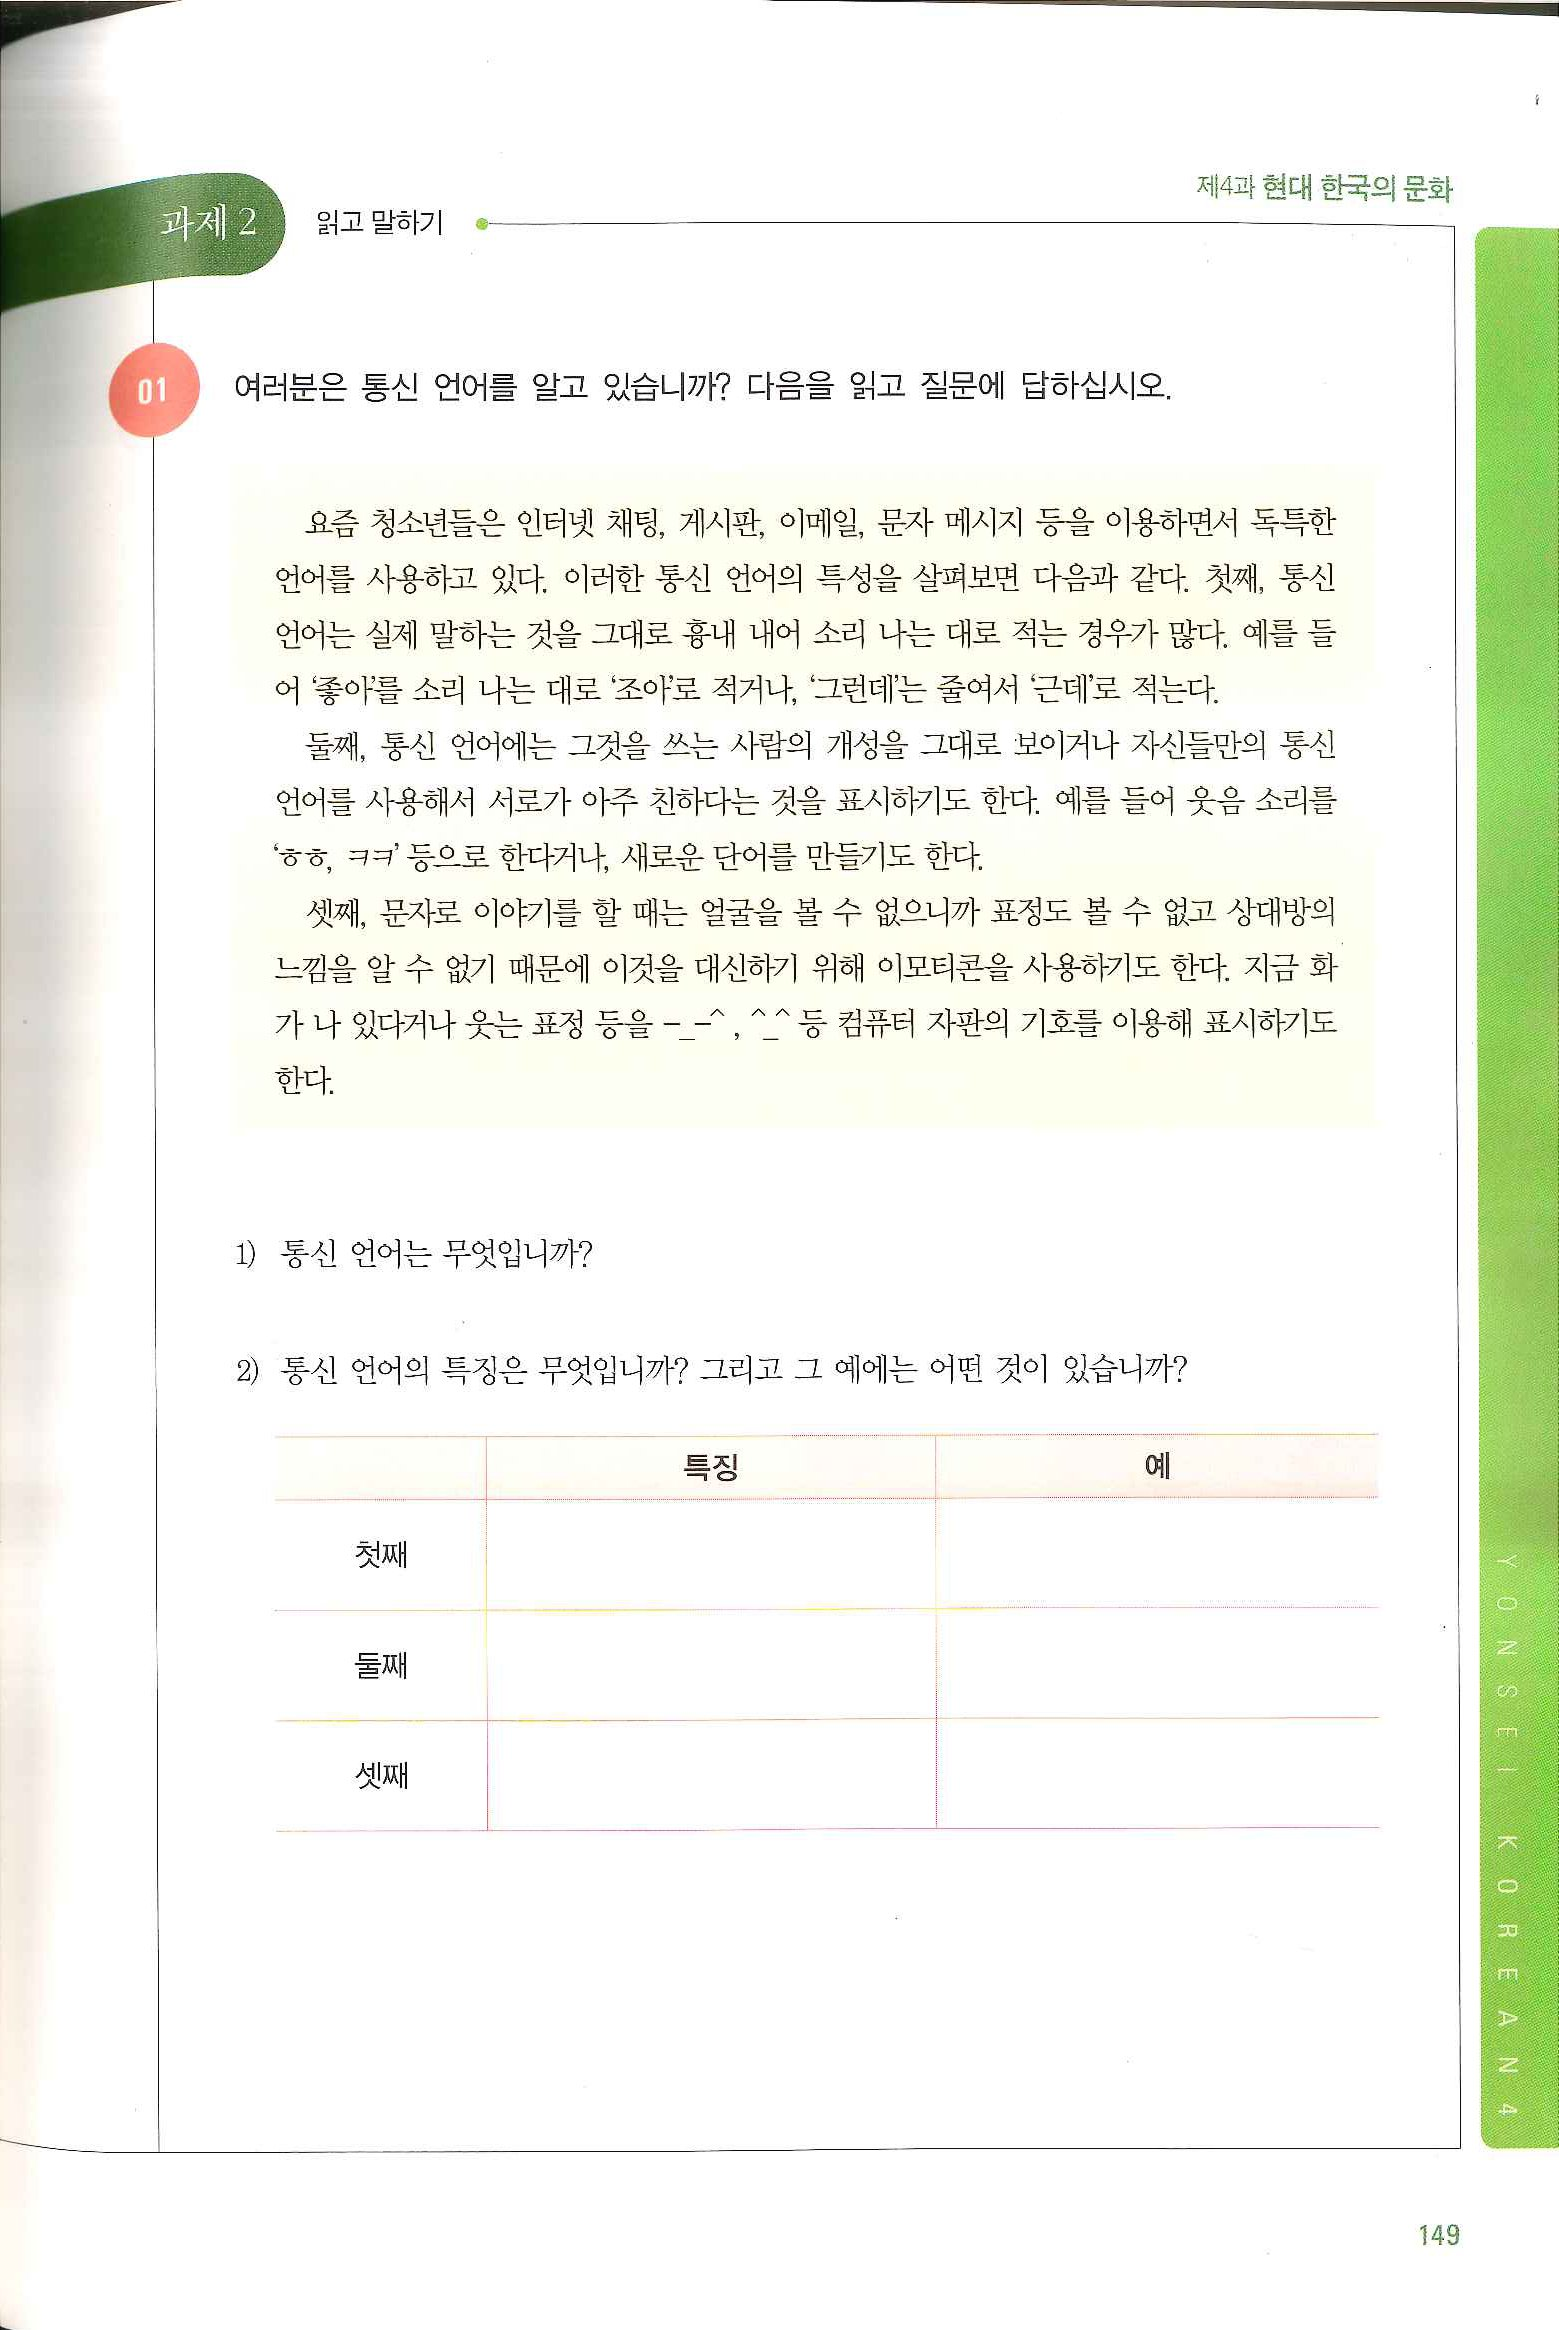
Language: ko